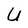
Character: U